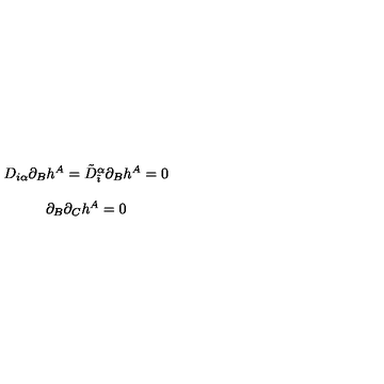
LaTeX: \begin{array} { c } { D _ { i \alpha } \partial _ { B } h ^ { A } = \tilde { D } _ { \tilde { \imath } } ^ { \alpha } \partial _ { B } h ^ { A } = 0 } \\ { { } } \\ { \partial _ { B } \partial _ { C } h ^ { A } = 0 } \\ \end{array}